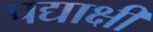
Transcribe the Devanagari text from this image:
पद्याक्षी